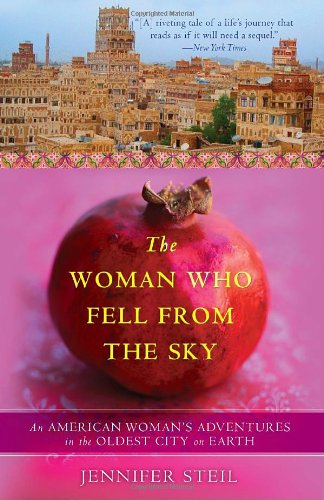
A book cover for The Woman Who Fell from the Sky: An American Woman's Adventures in the Oldest City on Earth; Jennifer Steil; Travel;